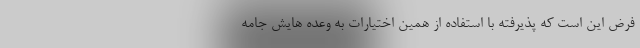
فرض این است که پذیرفته با استفاده از همین اختیارات به وعده هایش جامه